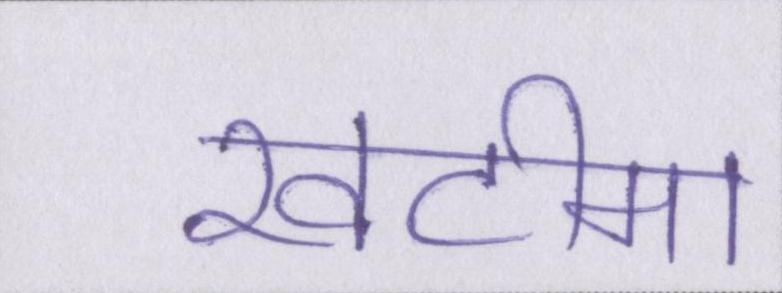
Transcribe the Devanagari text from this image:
खटीमा